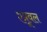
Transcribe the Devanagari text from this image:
एप्रूवल